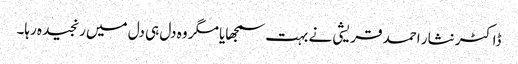
ڈاکٹر نثار احمد قریشی نے بہت سمجھایا مگر وہ دل ہی دل میں رنجیدہ رہا۔